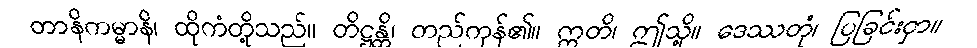
တာနိကမ္မာနိ၊ ထိုကံတို့သည်။ တိဋ္ဌန္တိ၊ တည်ကုန်၏။ ဣတိ၊ ဤသို့။ ဒေဿတုံ၊ ပြခြင်းငှာ။